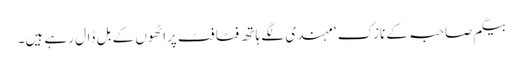
بیگم صاحبہ کے نازک ‘ مہندی لگے ہاتھ فٹا فٹ پراٹھوں کے بل ڈال رہے ہیں۔